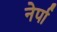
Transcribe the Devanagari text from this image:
नेर्पा